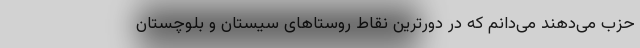
حزب می‌دهند می‌دانم که در دورترین نقاط روستاهای سیستان و بلوچستان